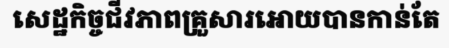
សេដ្ឋកិច្ចជីវភាពគ្រួសារអោយបានកាន់តែ